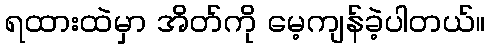
ရထားထဲမှာ အိတ်ကို မေ့ကျန်ခဲ့ပါတယ်။